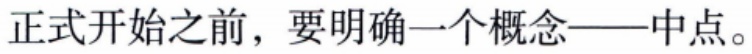
正式开始之前，要明确一个概念——中点。